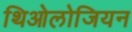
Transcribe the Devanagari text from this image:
थिओलोजियन